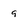
Character: 9